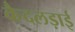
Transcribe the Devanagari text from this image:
कैदलड़ाई